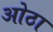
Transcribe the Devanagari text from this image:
ओठा